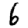
Digit: 6